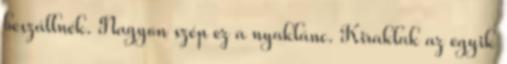
beszállnék. Nagyon szép ez a nyaklánc. Kiraklak az egyik